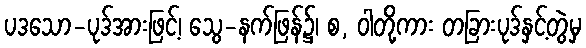
ပဒသော-ပုဒ်အားဖြင့်၊ သွေ-နက်ဖြန်၌၊ စ, ဝါတို့ကား တခြားပုဒ်နှင့်တွဲမှ